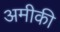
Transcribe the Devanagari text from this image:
अमीकी